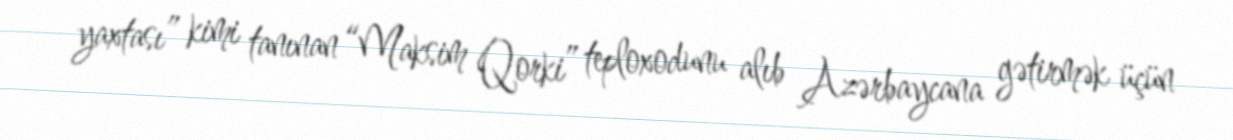
yaxtası” kimi tanınan “Maksim Qorki” teploxodunu alıb Azərbaycana gətirmək üçün